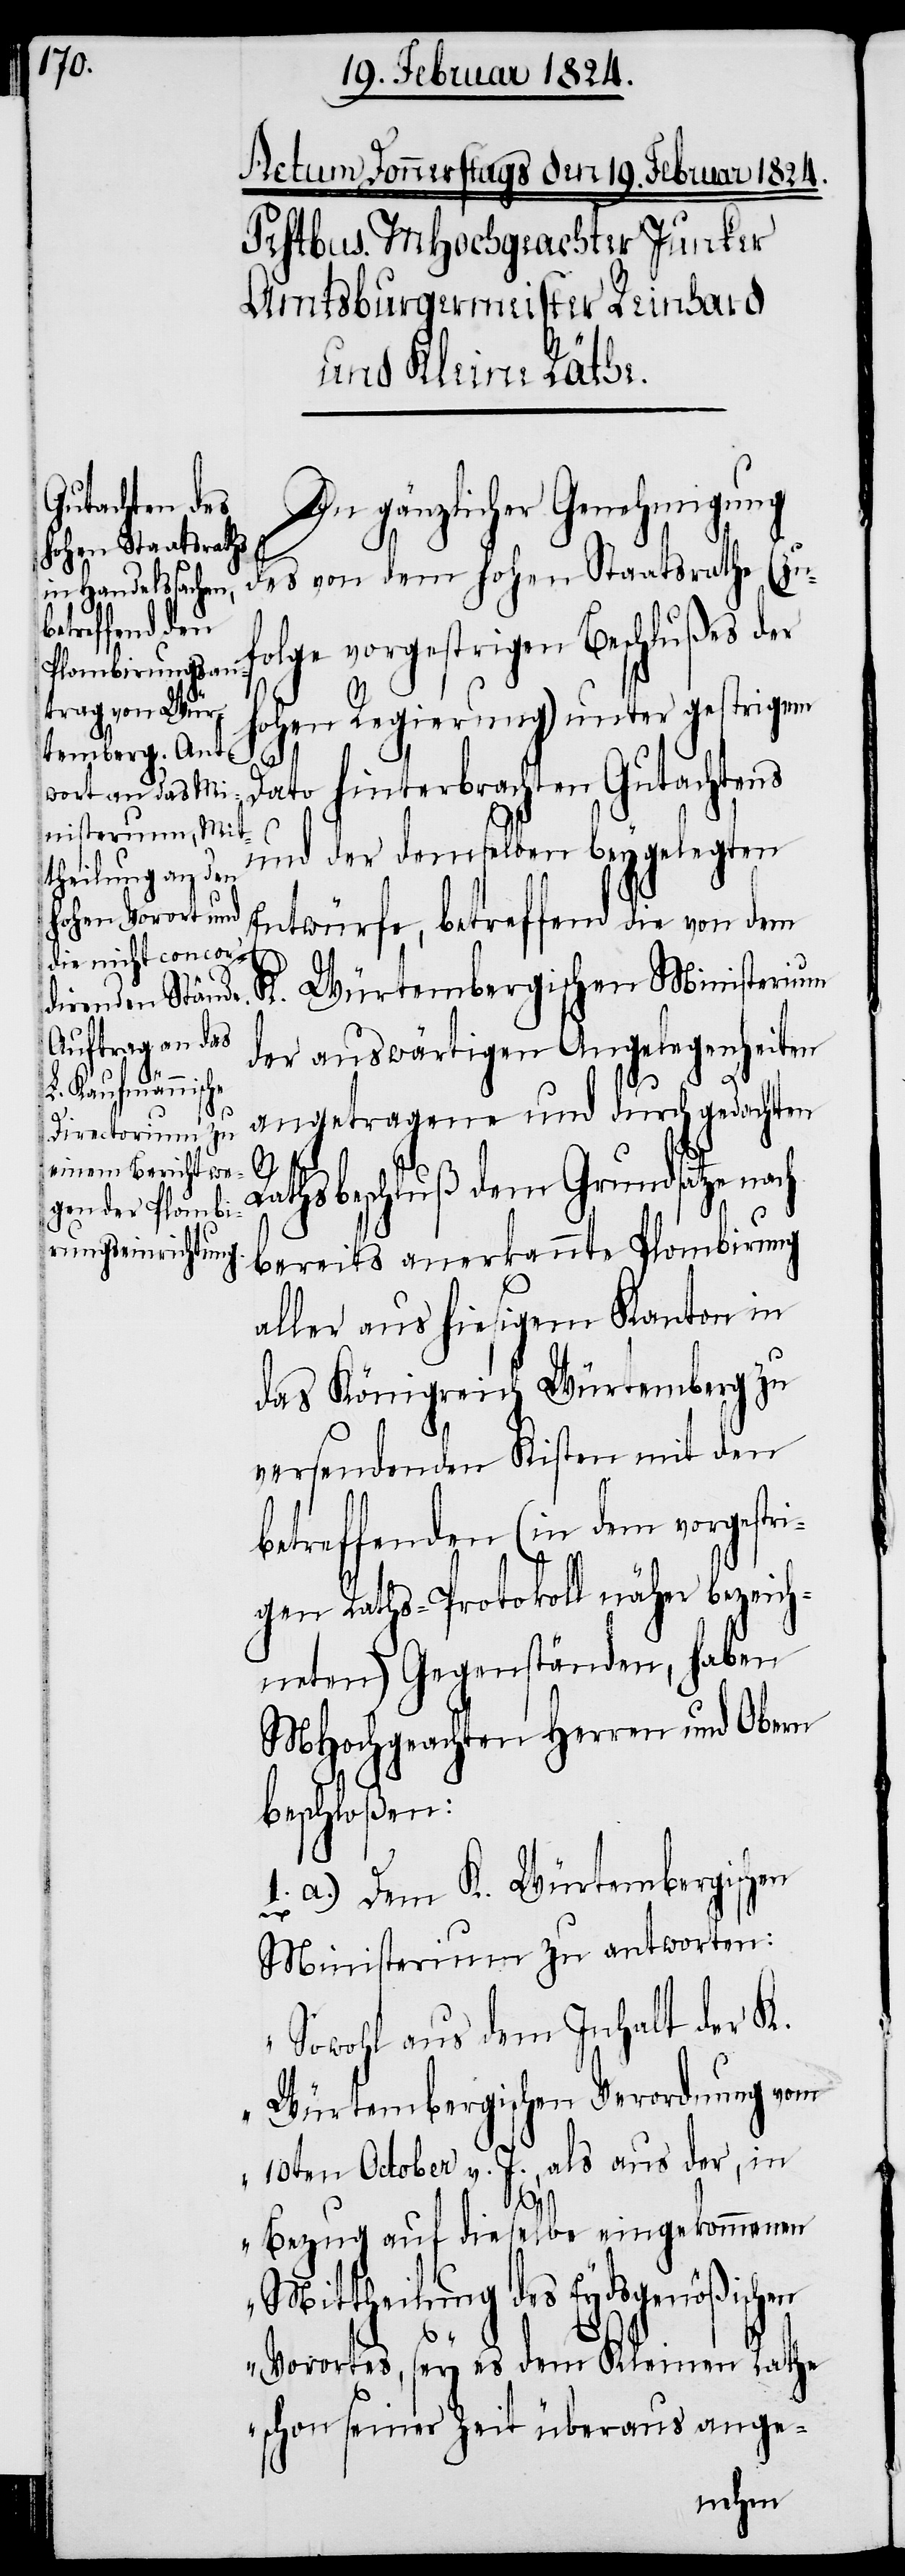
In gänzlicher Genehmigung
des von dem hohen Staatsrathe (zu¬
folge vorgestrigen Beschlußes der
hohen Regierung) unter gestrigem
Dato hinterbrachten Gutachtens
und der demselben beygelegten
Entwürfe, betreffend die von dem
K. Würtembergischen Ministerium
der auswärtigen Angelegenheiten
angetragene und durchgedachten
Rathsbeschluß dem Grundsatze nach
bereits anerkannte Plombirung
aller aus hiesigem Kanton in
das Königreich Würtemberg zu
versendenden Kisten mit den
betreffenden (in dem vorgestr¬
igen Raths-Protokoll näher bezeich¬
neten) Gegenständen, haben
MHochgeachten Herren und Obern
beschloßen:
1. a.) Dem K. Würtembergischen
Ministerium zu antworten:
„Sowohl aus dem Inhalt der K.
Würtembergischen Verordnung vom
10ten October v. J., als aus der, in
Bezug auf dieselbe eingekommenen
Mittheilung des Eydsgenößischen
Vorortes, sey es dem Kleinen Rathe
schon seiner Zeit überaus ange-